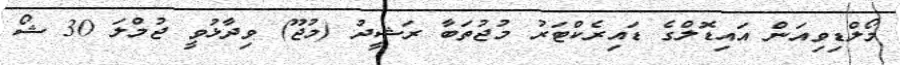
މޯލްޑިވިއަން އައިޑޮލްގެ ޑައިރެކްޓަރު މުޖުތަބާ ރަޝީދު (މުޖޫ) ވިދާޅުވީ ޖުމްލަ 30 ޝޯ